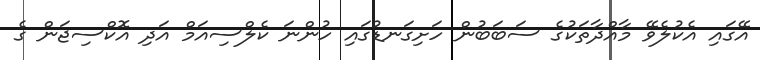
އޭގައި އެކުލެވޭ މާއްދާތަކުގެ ސަބަބުުން ހަށިގަނޑުގައި ހުންނަ ކެލްސިއަމް އަދި އޮކްސިޖަން ގެ